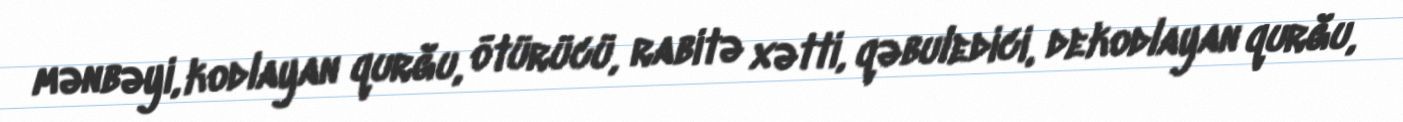
mənbəyi, kodlayan qurğu, ötürücü, rabitə xətti, qəbuledici, dekodlayan qurğu,